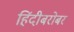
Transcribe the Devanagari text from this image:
हिंदीबरोबर